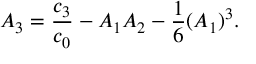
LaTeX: A _ { 3 } = { \frac { c _ { 3 } } { c _ { 0 } } } - A _ { 1 } A _ { 2 } - { \frac { 1 } { 6 } } ( A _ { 1 } ) ^ { 3 } .